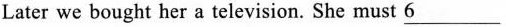
Later we bought her a television. She must \underline{6}___